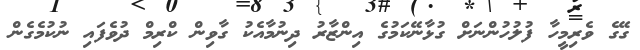
ގޭގެ ވެރިމީހާ ފުލުހުންނަށް ގުޅާނޭކަމުގެ އިންޒާރު ދިނުމާއެކު ގާވިން ކްރިމް ދުވެފައި ނުކުމެގެން